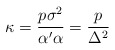
\begin{align*}\kappa = \frac{p\sigma^2}{\alpha'\alpha} = \frac{p}{\Delta^2}\end{align*}